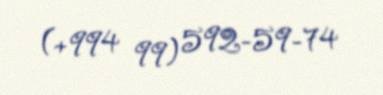
(+994 99) 592-59-74